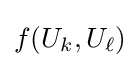
f(U_{k},U_{\ell })